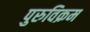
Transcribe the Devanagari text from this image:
पुरुविक्रम